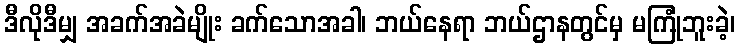
ဒီလိုဒီမျှ အခက်အခဲမျိုး ခက်သောအခါ၊ ဘယ်နေရာ ဘယ်ဌာနတွင်မှ မကြုံဘူးခဲ့၊